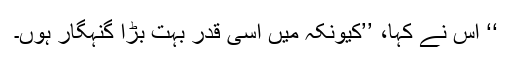
‘‘ اُس نے کہا، ’’کیونکہ میں اِسی قدر بہت بڑا گنہگار ہوں۔